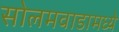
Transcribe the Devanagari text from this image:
सोलमवाडामध्ये